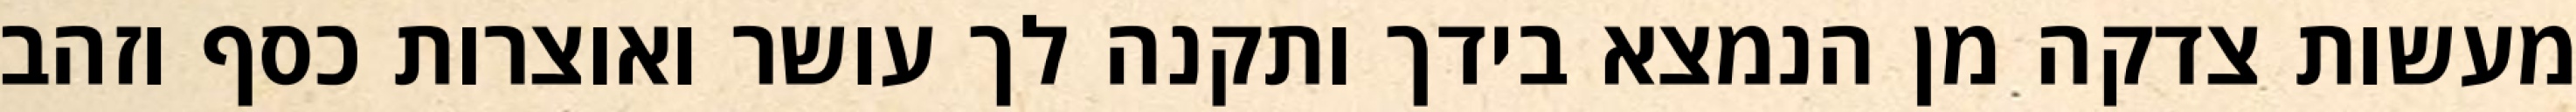
מעשות צדקה מן הנמצא בידך ותקנה לך עושר ואוצרות כסף וזהב